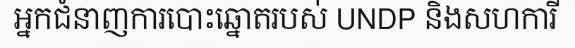
អ្នកជំនាញការបោះឆ្នោតរបស់ UNDP និងសហការី